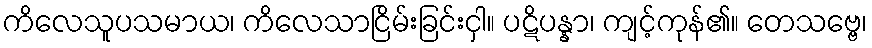
ကိလေသူပသမာယ၊ ကိလေသာငြိမ်းခြင်းငှါ။ ပဋိပန္နာ၊ ကျင့်ကုန်၏။ တေသဗ္ဗေ၊